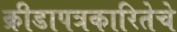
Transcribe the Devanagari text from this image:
क्रीडापत्रकारितेचे